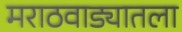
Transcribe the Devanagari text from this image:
मराठवाड्यातला